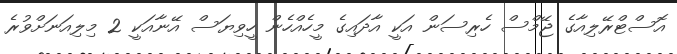
އޮސްޓްރޭލިއާގެ ޖޭމްސް ހެރިސަން އަކީ އާދައިގެ މީހެއްހެން ހީވިޔަސް އޭނާއަކީ 2 މިލިއަނަށްވުރެ